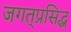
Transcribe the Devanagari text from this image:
जगत्‌प्रसिद्ध